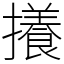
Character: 攁